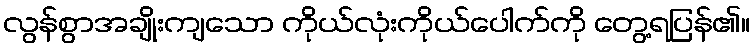
လွန်စွာအချိုးကျသော ကိုယ်လုံးကိုယ်ပေါက်ကို တွေ့ရပြန်၏။